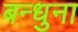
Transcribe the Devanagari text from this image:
बन्धुना